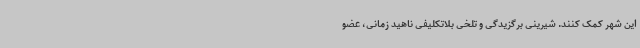
این شهر کمک کنند. شیرینی برگزیدگی و تلخی بلاتکلیفی ناهید زمانی، عضو